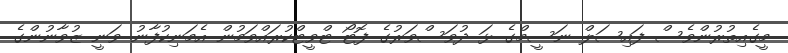
މީގެއިތުރުންވެސް ފައިސަލް ނަސީމްގެ ޅަ ދުވަސްވަރުގެ ފޮޓޯ ޓްވީޓްކުރައްވަމުން އެމަނިކުފާނު ވަނީ ޒުވާނުންގެ